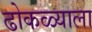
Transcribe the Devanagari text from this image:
ढोकळ्याला